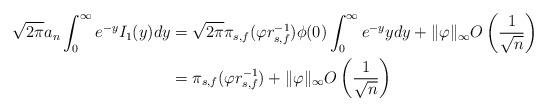
\begin{align*}\sqrt{2\pi} a_n \int_0^{\infty} e^{- y} I_1(y) dy& = \sqrt{2\pi} \pi_{s,f}(\varphi r_{s,f}^{-1}) \phi(0) \int_0^{\infty} e^{- y} y dy + \|\varphi\|_{\infty} O \left( \frac{1}{\sqrt{n}} \right) \\& = \pi_{s,f}(\varphi r_{s,f}^{-1}) + \|\varphi\|_{\infty} O \left( \frac{1}{\sqrt{n}} \right)\end{align*}